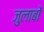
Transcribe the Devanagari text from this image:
जुलाबों